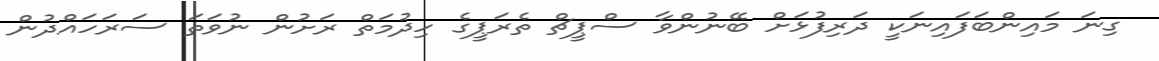
ގިނަ މައިންބަފައިނަކީ ދަރިފުޅަށް ބޭނުންވާ ސްޕީޗް ތެރަޕީގެ ހިދުމަތް ރަށުން ނުވަތަ ސަރަހައްދުން